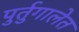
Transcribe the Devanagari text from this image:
पुर्तुगालेत